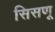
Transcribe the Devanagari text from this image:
सिसणू